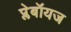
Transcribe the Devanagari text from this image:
प्लेबॉयज